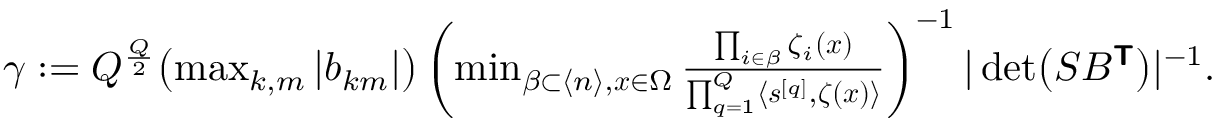
\begin{array} { r } { \gamma : = Q ^ { \frac { Q } { 2 } } \bigl ( \operatorname* { m a x } _ { k , m } | b _ { k m } | \bigr ) \left( \operatorname* { m i n } _ { \beta \subset \langle n \rangle , \boldsymbol { x } \in \Omega } \frac { \prod _ { i \in \beta } \zeta _ { i } ( \boldsymbol { x } ) } { \prod _ { q = 1 } ^ { Q } \langle \boldsymbol { s } ^ { [ q ] } , \boldsymbol { \zeta } ( \boldsymbol { x } ) \rangle } \right) ^ { - 1 } | \operatorname* { d e t } \bigl ( S B ^ { \boldsymbol { \mathsf { T } } } \bigr ) | ^ { - 1 } . } \end{array}